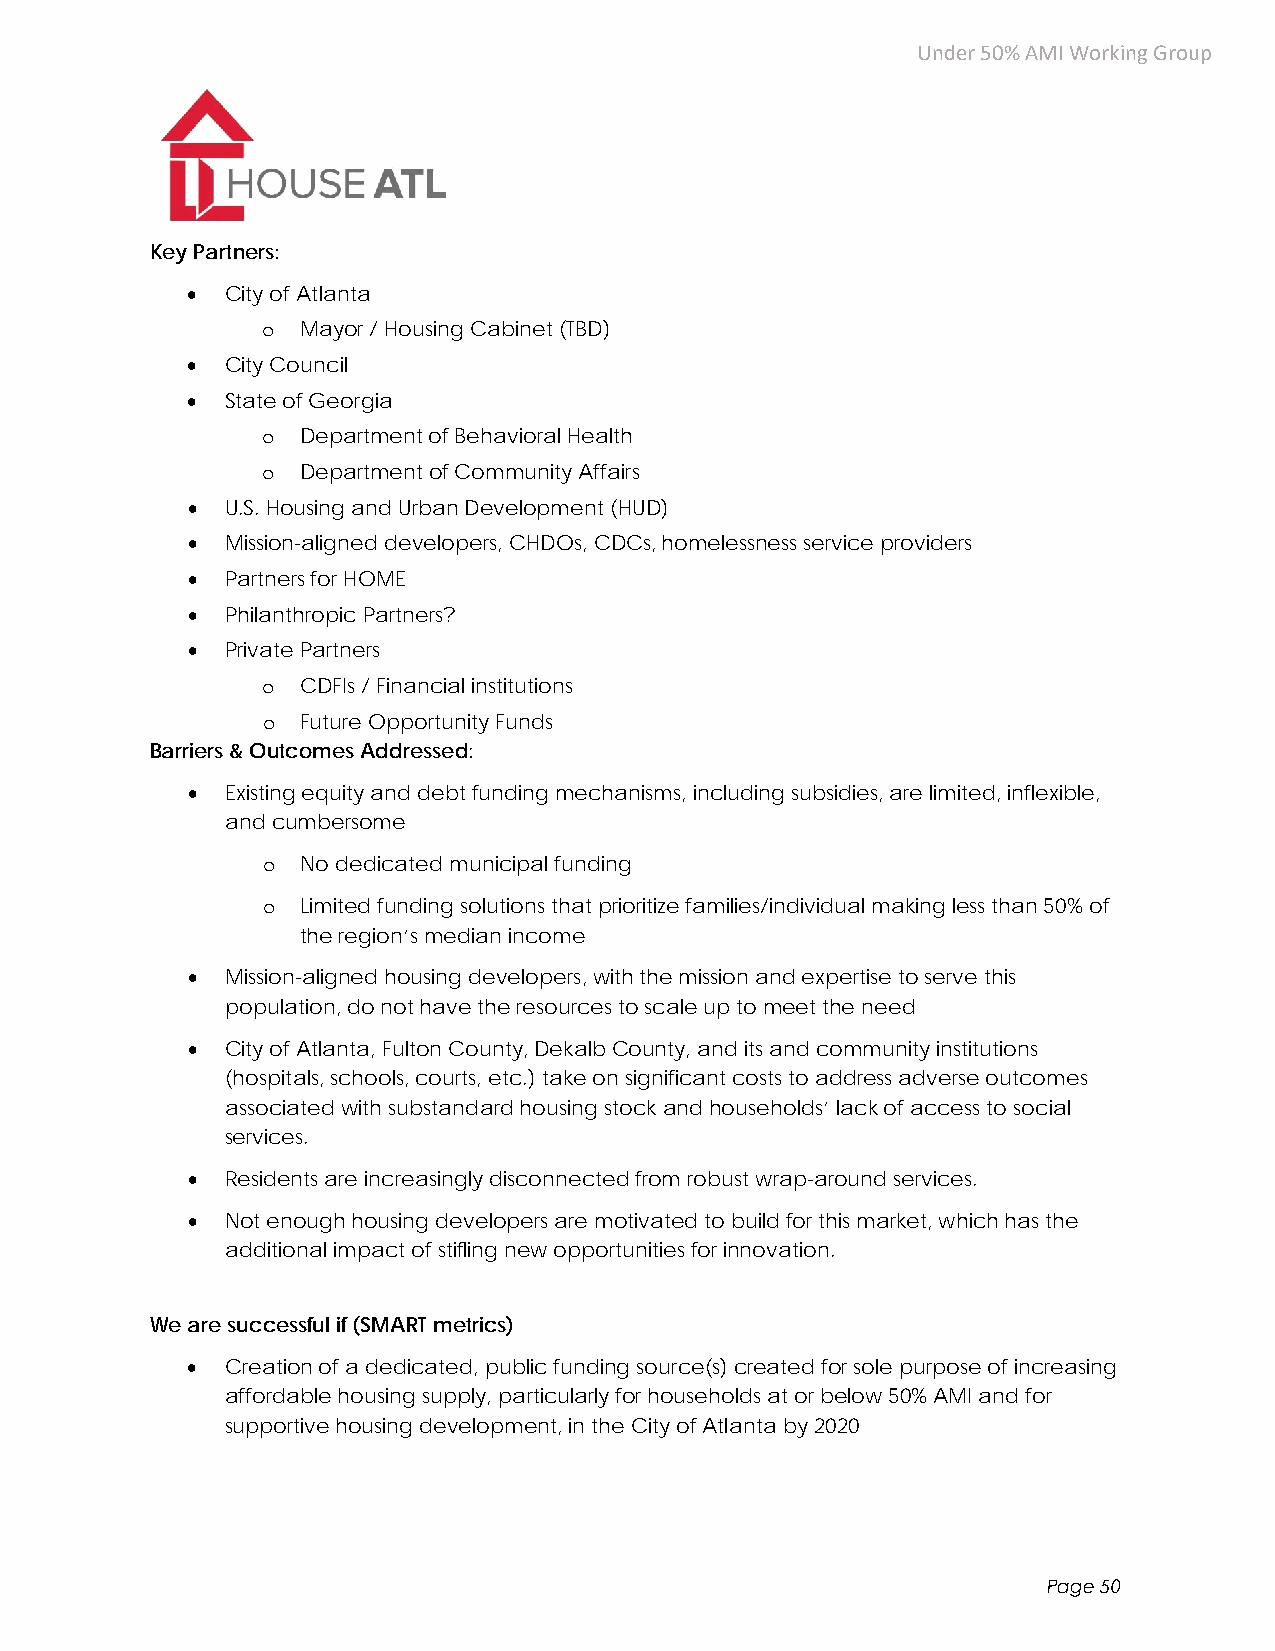
Under 50% AMI Working Group
 Key Partners:
   City of Atlanta
 o  Mayor / Housing Cabinet (TBD)
   City Council
   State of Georgia
 o  Department of Behavioral Health
 o  Department of Community Affairs
   U.S. Housing and Urban Development (HUD)
   Mission-aligned developers, CHDOs, CDCs, homelessness service providers
   Partners for HOME
   Philanthropic Partners?
   Private Partners
 o  CDFIs / Financial institutions
 o  Future Opportunity Funds
 Barriers & Outcomes Addressed:
   Existing equity and debt funding mechanisms, including subsidies, are limited, inflexible,
 and cumbersome
 o  No dedicated municipal funding
 o  Limited funding solutions that prioritize families/individual making less than 50% of
 the region’s median income
   Mission-aligned housing developers, with the mission and expertise to serve this
 population, do not have the resources to scale up to meet the need
   City of Atlanta, Fulton County, Dekalb County, and its and community institutions
 (hospitals, schools, courts, etc.) take on significant costs to address adverse outcomes
 associated with substandard housing stock and households’ lack of access to social
 services.
   Residents are increasingly disconnected from robust wrap-around services.
   Not enough housing developers are motivated to build for this market, which has the
 additional impact of stifling new opportunities for innovation.
 We are successful if (SMART metrics)
   Creation of a dedicated, public funding source(s) created for sole purpose of increasing
 affordable housing supply, particularly for households at or below 50% AMI and for
 supportive housing development, in the City of Atlanta by 2020
 Page 50